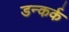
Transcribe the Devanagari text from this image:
डन्कर्क